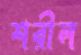
শরীল